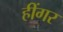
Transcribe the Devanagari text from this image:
हींगर